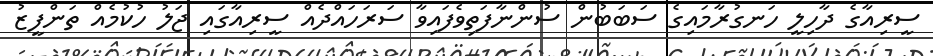
ސީރިއާގެ ދާހިލީ ހަނގުރާމައިގެ ސަބަބުން ސުންނާފަތިވެފައިވާ ސަރަހައްދެއް ސީރިއާގައި ޖަލު ހުކުމެއް ތަންފީޒު